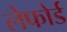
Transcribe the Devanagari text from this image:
लेफोर्ड